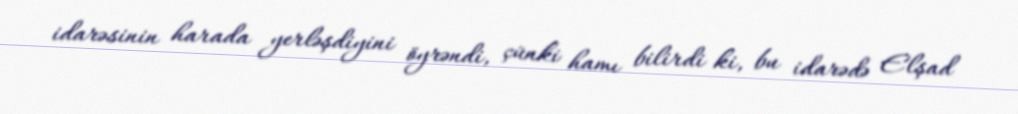
idarəsinin harada yerləşdiyini öyrəndi, çünki hamı bilirdi ki, bu idarədə Elşad